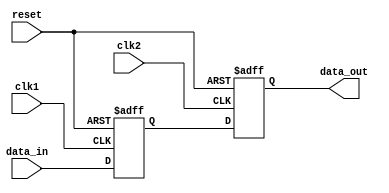
module timing_control (
    input wire clk1, // Clock signal for domain 1
    input wire clk2, // Clock signal for domain 2
    input wire reset, // Reset signal
    input wire [7:0] data_in, // Input data signal
    output wire [7:0] data_out // Output data signal
);

// Clock domain crossing logic
reg [7:0] data_reg;
always @(posedge clk1 or posedge reset) begin
    if (reset) begin
        data_reg <= 8'h00; // Reset data signal
    end else begin
        data_reg <= data_in; // Update data signal
    end
end

always @(posedge clk2 or posedge reset) begin
    if (reset) begin
        data_out <= 8'h00; // Reset output data signal
    end else begin
        data_out <= data_reg; // Synchronize data signal
    end
end

endmodule